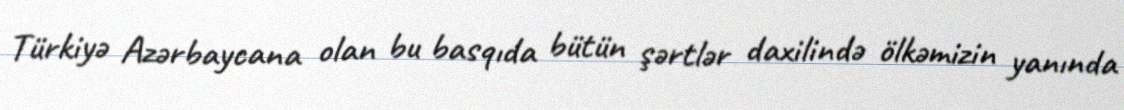
Türkiyə Azərbaycana olan bu basqıda bütün şərtlər daxilində ölkəmizin yanında